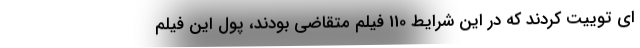
ای توییت کردند که در این شرایط 110 فیلم متقاضی بودند، پول این فیلم